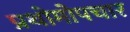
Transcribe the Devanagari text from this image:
प्रथोमोपचार